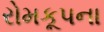
રોમકૂપના